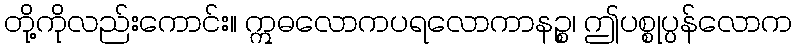
တို့ကိုလည်းကောင်း။ ဣဓလောကပရလောကာနဉ္စ၊ ဤပစ္စုပ္ပန်လောက